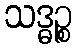
သဒ္ဓဉ္စ